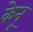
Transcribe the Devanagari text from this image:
केनू